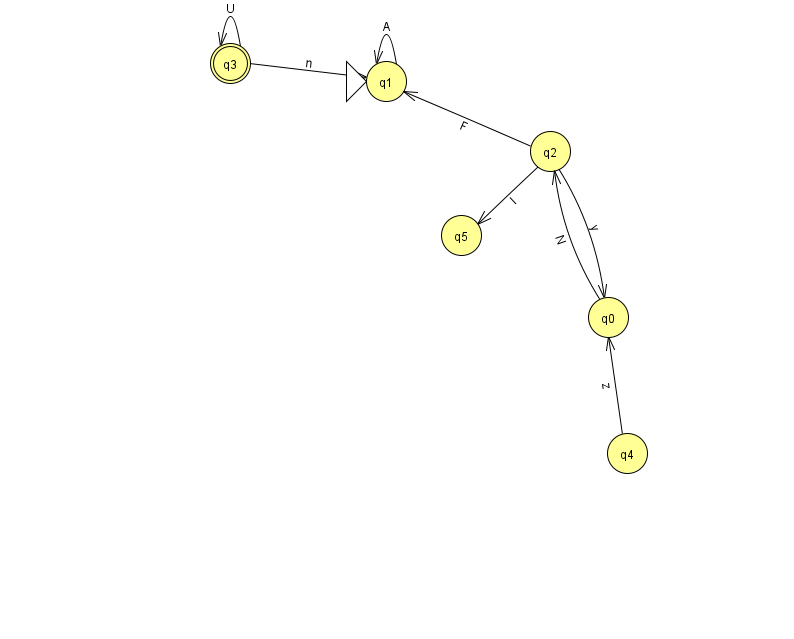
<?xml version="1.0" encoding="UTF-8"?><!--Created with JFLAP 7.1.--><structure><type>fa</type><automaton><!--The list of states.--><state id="0" name="q0"><x>608.0</x><y>304.0</y></state><state id="1" name="q1"><x>386.0</x><y>68.0</y><initial/></state><state id="2" name="q2"><x>550.0</x><y>138.0</y></state><state id="3" name="q3"><x>230.0</x><y>50.0</y><final/></state><state id="4" name="q4"><x>627.0</x><y>440.0</y></state><state id="5" name="q5"><x>461.0</x><y>222.0</y></state><!--The list of transitions.--><transition><from>1</from><to>1</to><read>A</read></transition><transition><from>3</from><to>3</to><read>U</read></transition><transition><from>2</from><to>5</to><read>I</read></transition><transition><from>0</from><to>2</to><read>N</read></transition><transition><from>3</from><to>1</to><read>n</read></transition><transition><from>2</from><to>1</to><read>F</read></transition><transition><from>2</from><to>0</to><read>y</read></transition><transition><from>4</from><to>0</to><read>z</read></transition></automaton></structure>